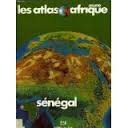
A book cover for Atlas du Senegal (Les Atlas Jeune Afrique) (French Edition); BÃ¢ Cheikh PÃ©lissier Paul; Travel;